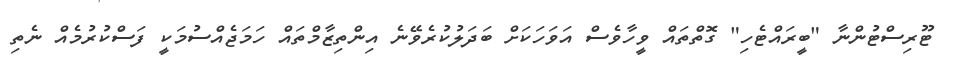
ޓޫރިސްޓުންނާ "ބީރައްޓެހި" ގޮތްތައް ވީހާވެސް އަވަހަކަށް ބަދަލުކުރެވޭނެ އިންތިޒާމްތައް ހަމަޖެއްސުމަކީ ފަސްކުރުމެއް ނެތި